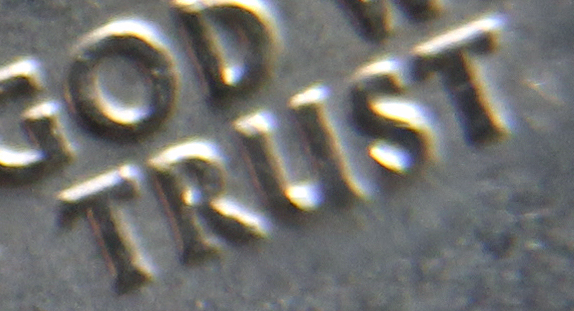
TRUST